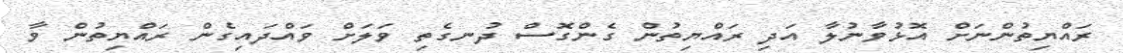
ރައްޔިތުންނަށް އޮޅުވާނުލާ އަދި ރައްޔިތުން ގެންގޮސް ދުނގެތި ވަލަށް ވައްްދައިގެން ރައްޔިތުން ވާ